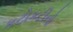
કટોકટીનો